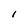
Character: l